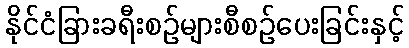
နိုင်ငံခြားခရီးစဉ်များစီစဉ်ပေးခြင်းနှင့်